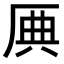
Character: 𠩷